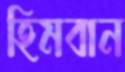
হিমবান